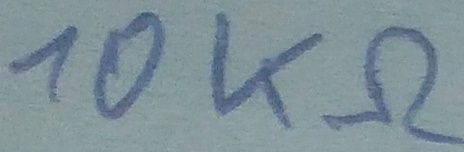
Text: 10KΩ